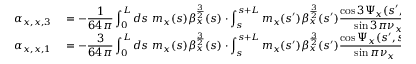
\begin{array} { r l } { \displaystyle \alpha _ { x , x , 3 } } & { { } \displaystyle = - \frac { 1 } { 6 4 \pi } \int _ { 0 } ^ { L } { d s \ m _ { x } ( s ) \beta _ { x } ^ { \frac { 3 } { 2 } } ( s ) \cdot \int _ { s } ^ { s + L } m _ { x } ( s ^ { \prime } ) \beta _ { x } ^ { \frac { 3 } { 2 } } ( s ^ { \prime } ) \frac { \cos { 3 \Psi _ { x } ( s ^ { \prime } , s ) } } { \sin { 3 \pi \nu _ { x } } } \ d s ^ { \prime } } , } \\ { \displaystyle \alpha _ { x , x , 1 } } & { { } \displaystyle = - \frac { 3 } { 6 4 \pi } \int _ { 0 } ^ { L } { d s \ m _ { x } ( s ) \beta _ { x } ^ { \frac { 3 } { 2 } } ( s ) \cdot \int _ { s } ^ { s + L } m _ { x } ( s ^ { \prime } ) \beta _ { x } ^ { \frac { 3 } { 2 } } ( s ^ { \prime } ) \frac { \cos { \Psi _ { x } ( s ^ { \prime } , s ) } } { \sin { \pi \nu _ { x } } } \ d s ^ { \prime } } . } \end{array}